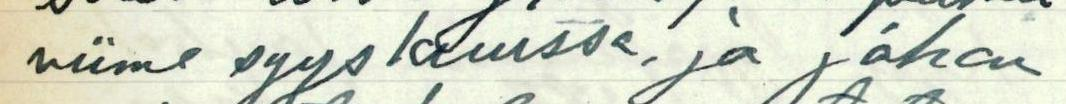
viime syyskuussa, ja johon